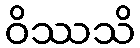
ဝိဿသိ